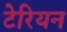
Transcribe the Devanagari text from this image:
टेरियन